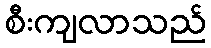
စီးကျလာသည်